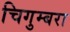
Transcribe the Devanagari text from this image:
चिगुम्बरा